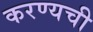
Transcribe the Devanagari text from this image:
करण्यची